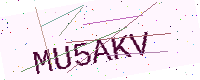
Text: MU5AKV